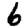
Digit: 6